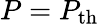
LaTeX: P=P_{\mathrm{th}}